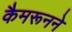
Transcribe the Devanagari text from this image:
कैमरूनने